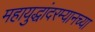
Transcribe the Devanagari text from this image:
महायुद्धांदरम्यानच्या